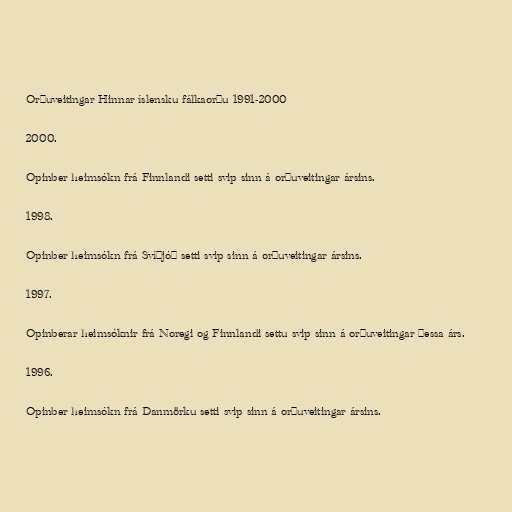
Orðuveitingar Hinnar íslensku fálkaorðu 1991-2000

2000.

Opinber heimsókn frá Finnlandi setti svip sinn á orðuveitingar ársins.

1998.

Opinber heimsókn frá Svíþjóð setti svip sinn á orðuveitingar ársins.

1997.

Opinberar heimsóknir frá Noregi og Finnlandi settu svip sinn á orðuveitingar þessa árs.

1996.

Opinber heimsókn frá Danmörku setti svip sinn á orðuveitingar ársins.